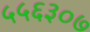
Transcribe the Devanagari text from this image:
५५६३०७